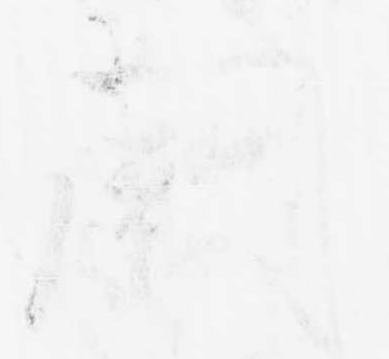
闕